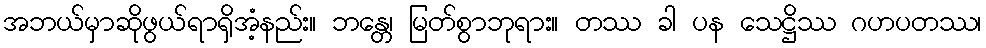
အဘယ်မှာဆိုဖွယ်ရာရှိအံ့နည်း။ ဘန္တေ၊ မြတ်စွာဘုရား။ တဿ ခါ ပန သေဋ္ဌိဿ ဂဟပတဿ၊